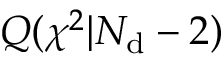
Q ( { \chi } ^ { 2 } | N _ { \mathrm { d } } - 2 )